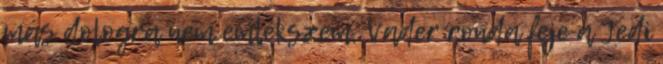
más dologra nem emlékszem, Vader ronda feje a Jedi